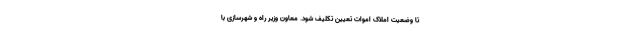
تا وضعیت املاک اموات تعیین تکلیف شود. معاون وزیر راه و شهرسازی با